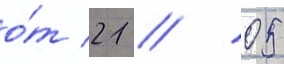
о́т 21 // 05